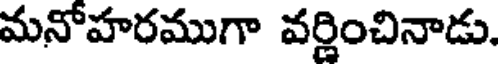
మనోహరముగా వర్ణించినాడు.